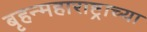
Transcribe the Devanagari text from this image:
बृहन्महाराष्ट्राच्या